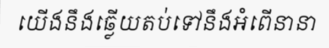
យើងនឹងឆ្លើយតប់ទៅនឹងអំពើនានា